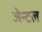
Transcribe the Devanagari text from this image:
जेन्टल